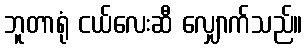
ဘူတာရုံ ငယ်လေးဆီ လျှောက်သည်။